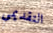
التقديمي